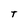
Character: T